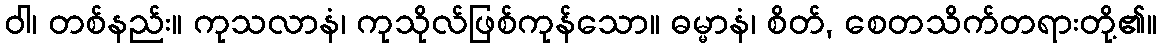
ဝါ၊ တစ်နည်း။ ကုသလာနံ၊ ကုသိုလ်ဖြစ်ကုန်သော။ ဓမ္မာနံ၊ စိတ်, စေတသိက်တရားတို့၏။